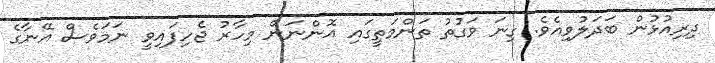
ދިރިއުޅުން ބަދަލުވިއެވެ. ގިނަ ވަގުތު ތަންމަތީގައި އޮންނަން މިހާރު ޖެހިފައިވީ ނަމަވެސް އޭނާގެ